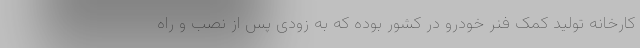
کارخانه تولید کمک فنر خودرو در کشور بوده که به زودی پس از نصب و راه